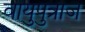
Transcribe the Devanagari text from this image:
वायुपुत्राज